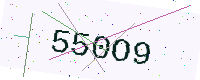
Text: 550O9